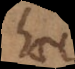
haec